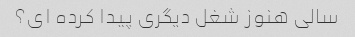
سالی هنوز شغل دیگری پیدا کرده ای؟